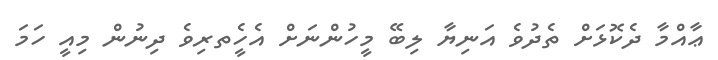
ޢާއްމާ ދެކޮޅަށް ތެދުވެ އަނިޔާ ލިބޭ މީހުންނަށް އެހީެތރިވެ ދިނުން މިއީ ހަމަ